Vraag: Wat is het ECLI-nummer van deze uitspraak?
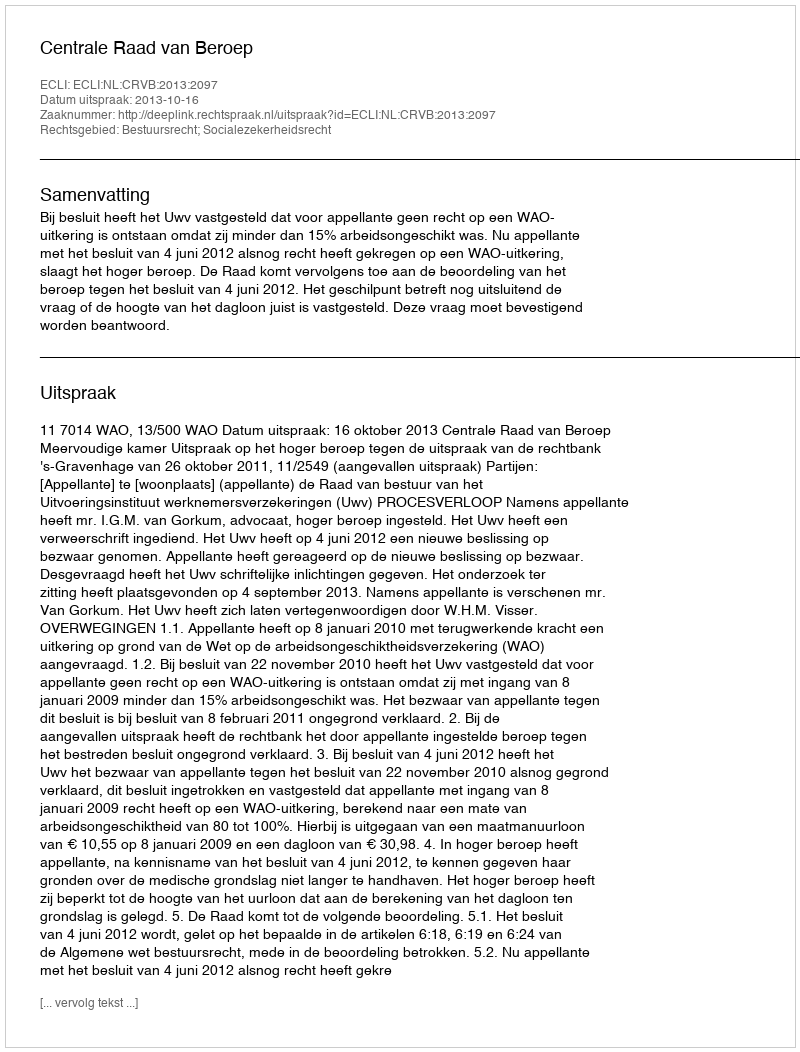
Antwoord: ECLI:NL:CRVB:2013:2097